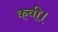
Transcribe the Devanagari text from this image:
कवी।